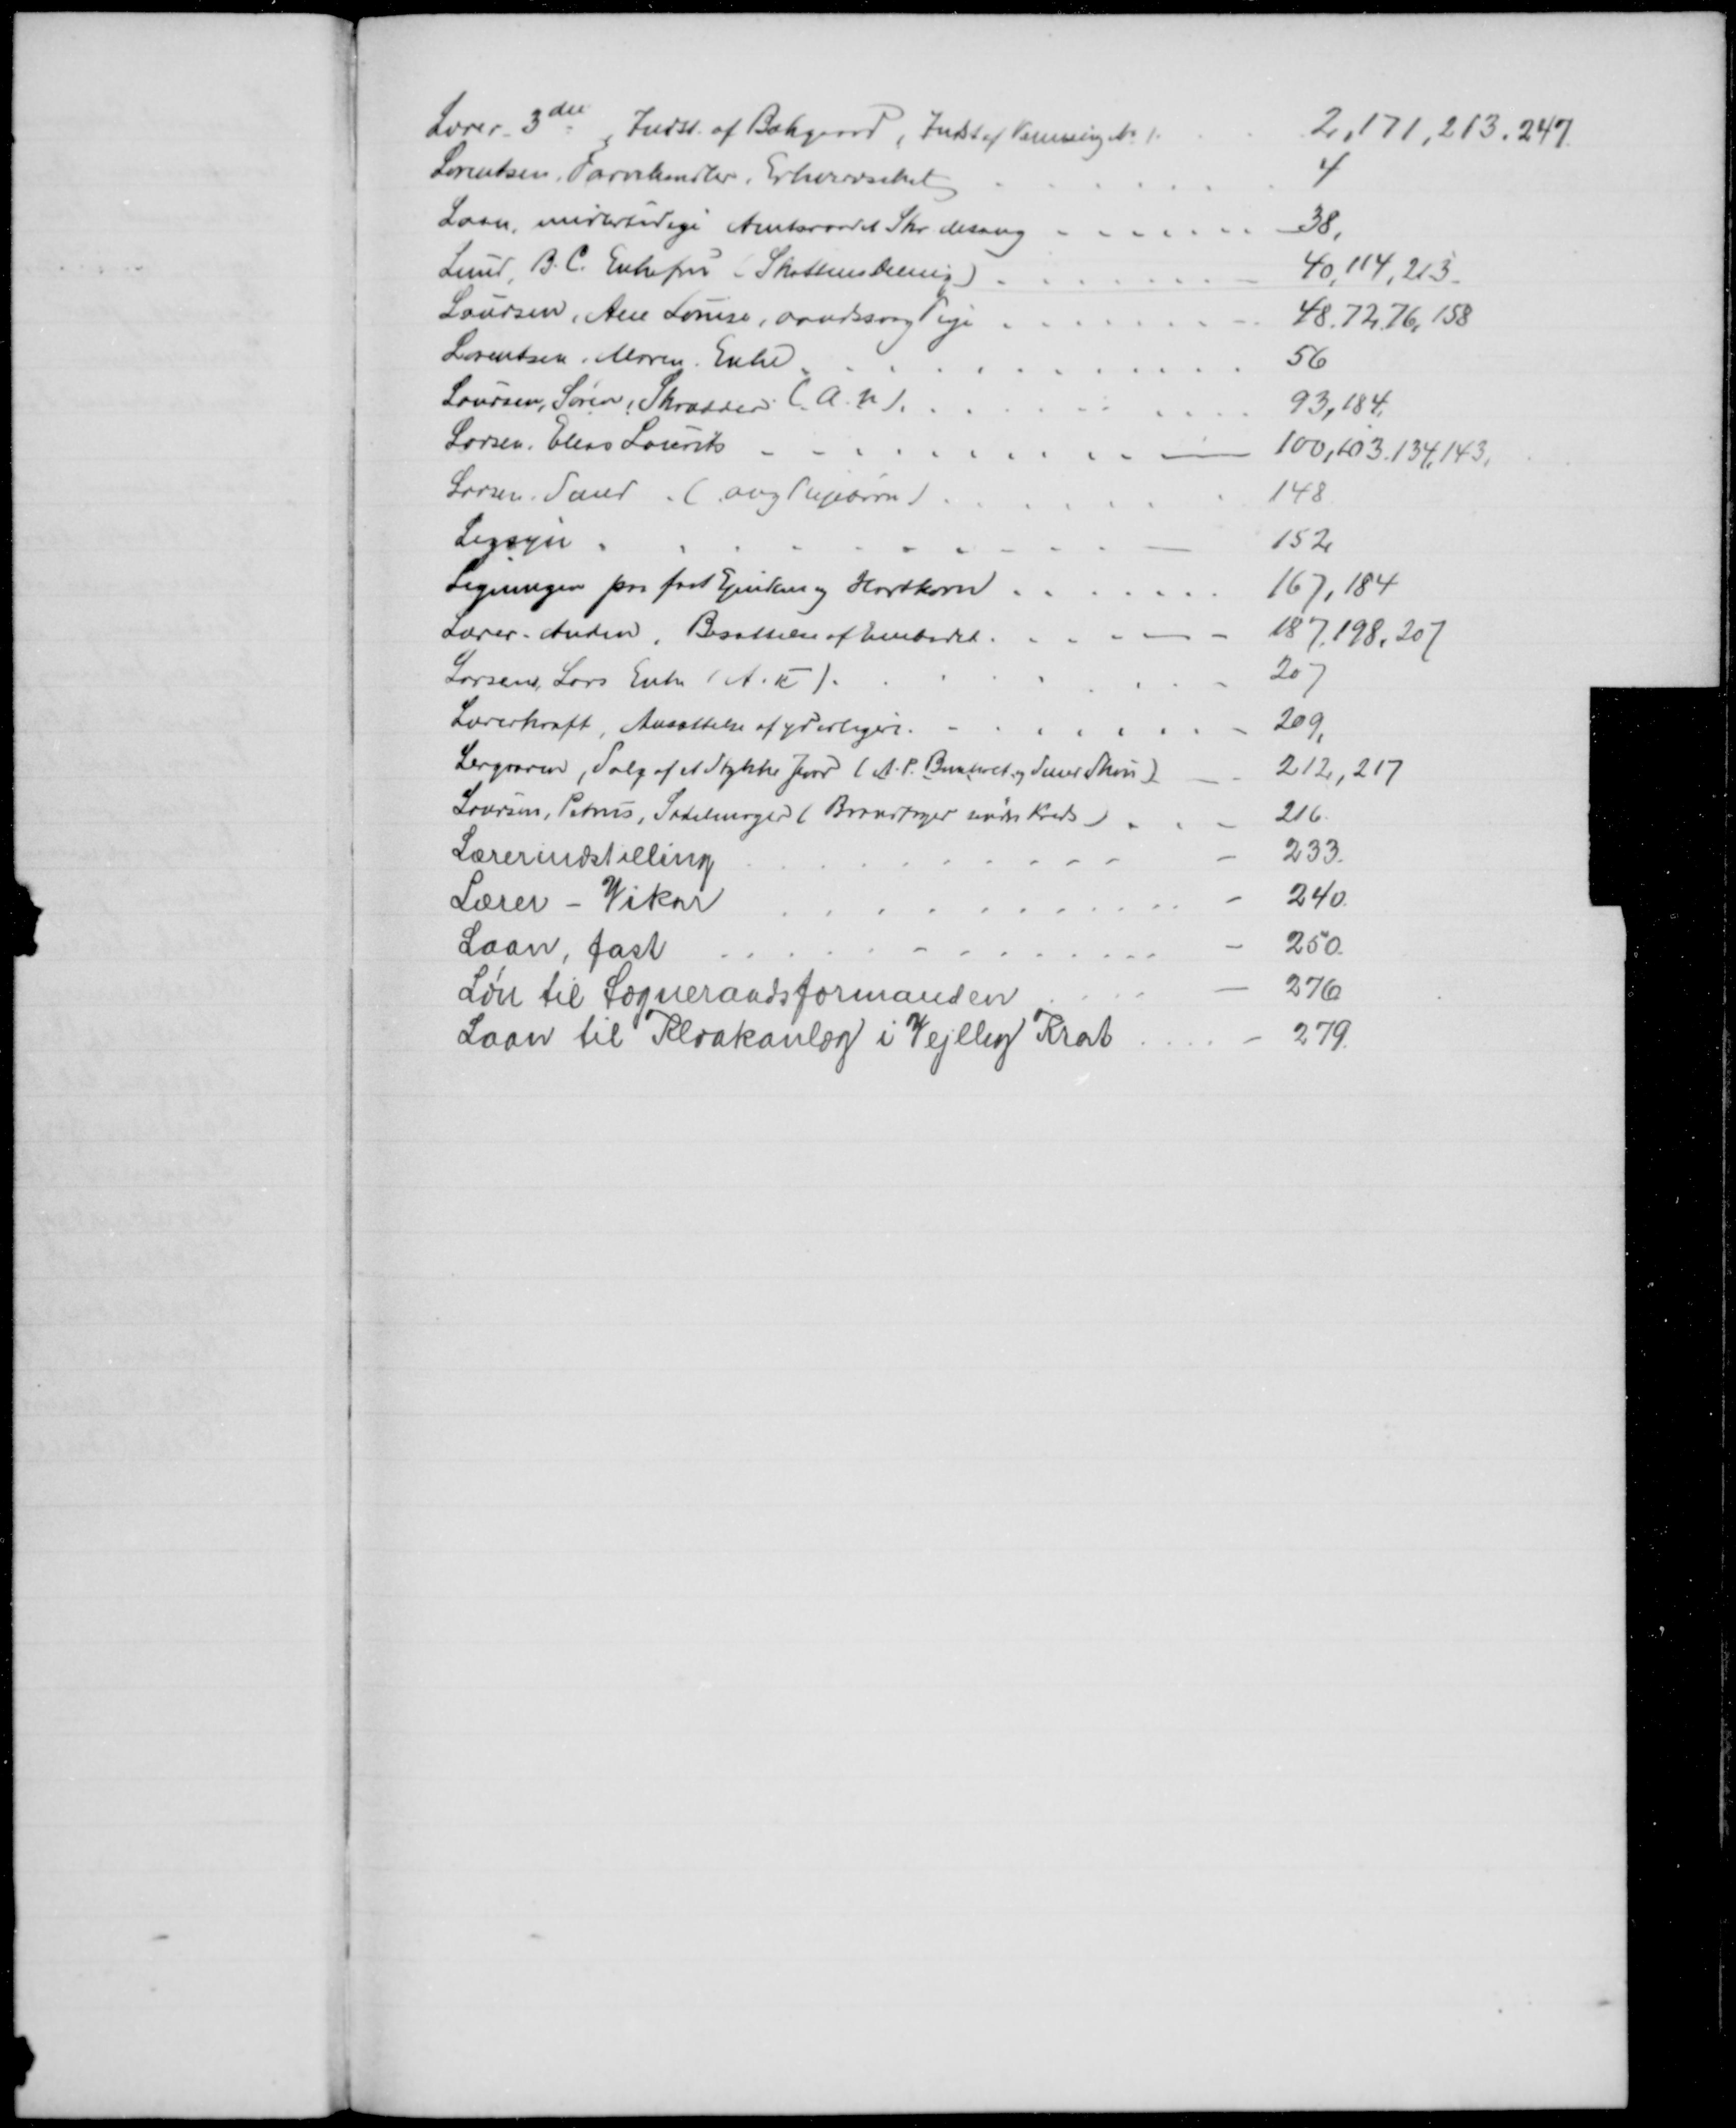
Transskription:
Lærer - 3die, Indst. af Bækgaard, Indst af Venning № 1.
2,171, 213, 247
Lorentsen, Farvehandler, Erhvervsskat
4
Laan, midlertidige Amtsraadet Skr. desang
38,
Lund, B. C. Enkefru (Skattens Deling).
40,114, 213.
Laursen, Ane Louise, aandssvag Pige.
48.72,76,158
Lorentsen, Maren. Enke
56
Laursen, Søren, Skrædder ( A. u)
93,184.
Larsen, Elias Laurits 
100,103.134,143,
Larsen, Smed (ang Plejebørn)
148
Ligsyn
152
Ligningen paa fast Ejendom og Hartkorn
167,184
Lærer. Anden. Besættelse af Embedet
187.198, 207
Larsens, Lars Enke (A. u)
207
Lærerkraft, Ansættelse af yderligere.
209
Lergraven, Salg af et Stykke Jord (A. P. Bomholt og Smed Skou)
212, 217
Laursen, Petrus, Sadelmager (Brandfoged søndre Kreds)
216
Lærerindstilling
233.
Lærer - Vikar
240
Laan, fast
250
Løn til Sogneraadsformanden
276
Laan til Kloakanlæg i Vejlby Krat
279.